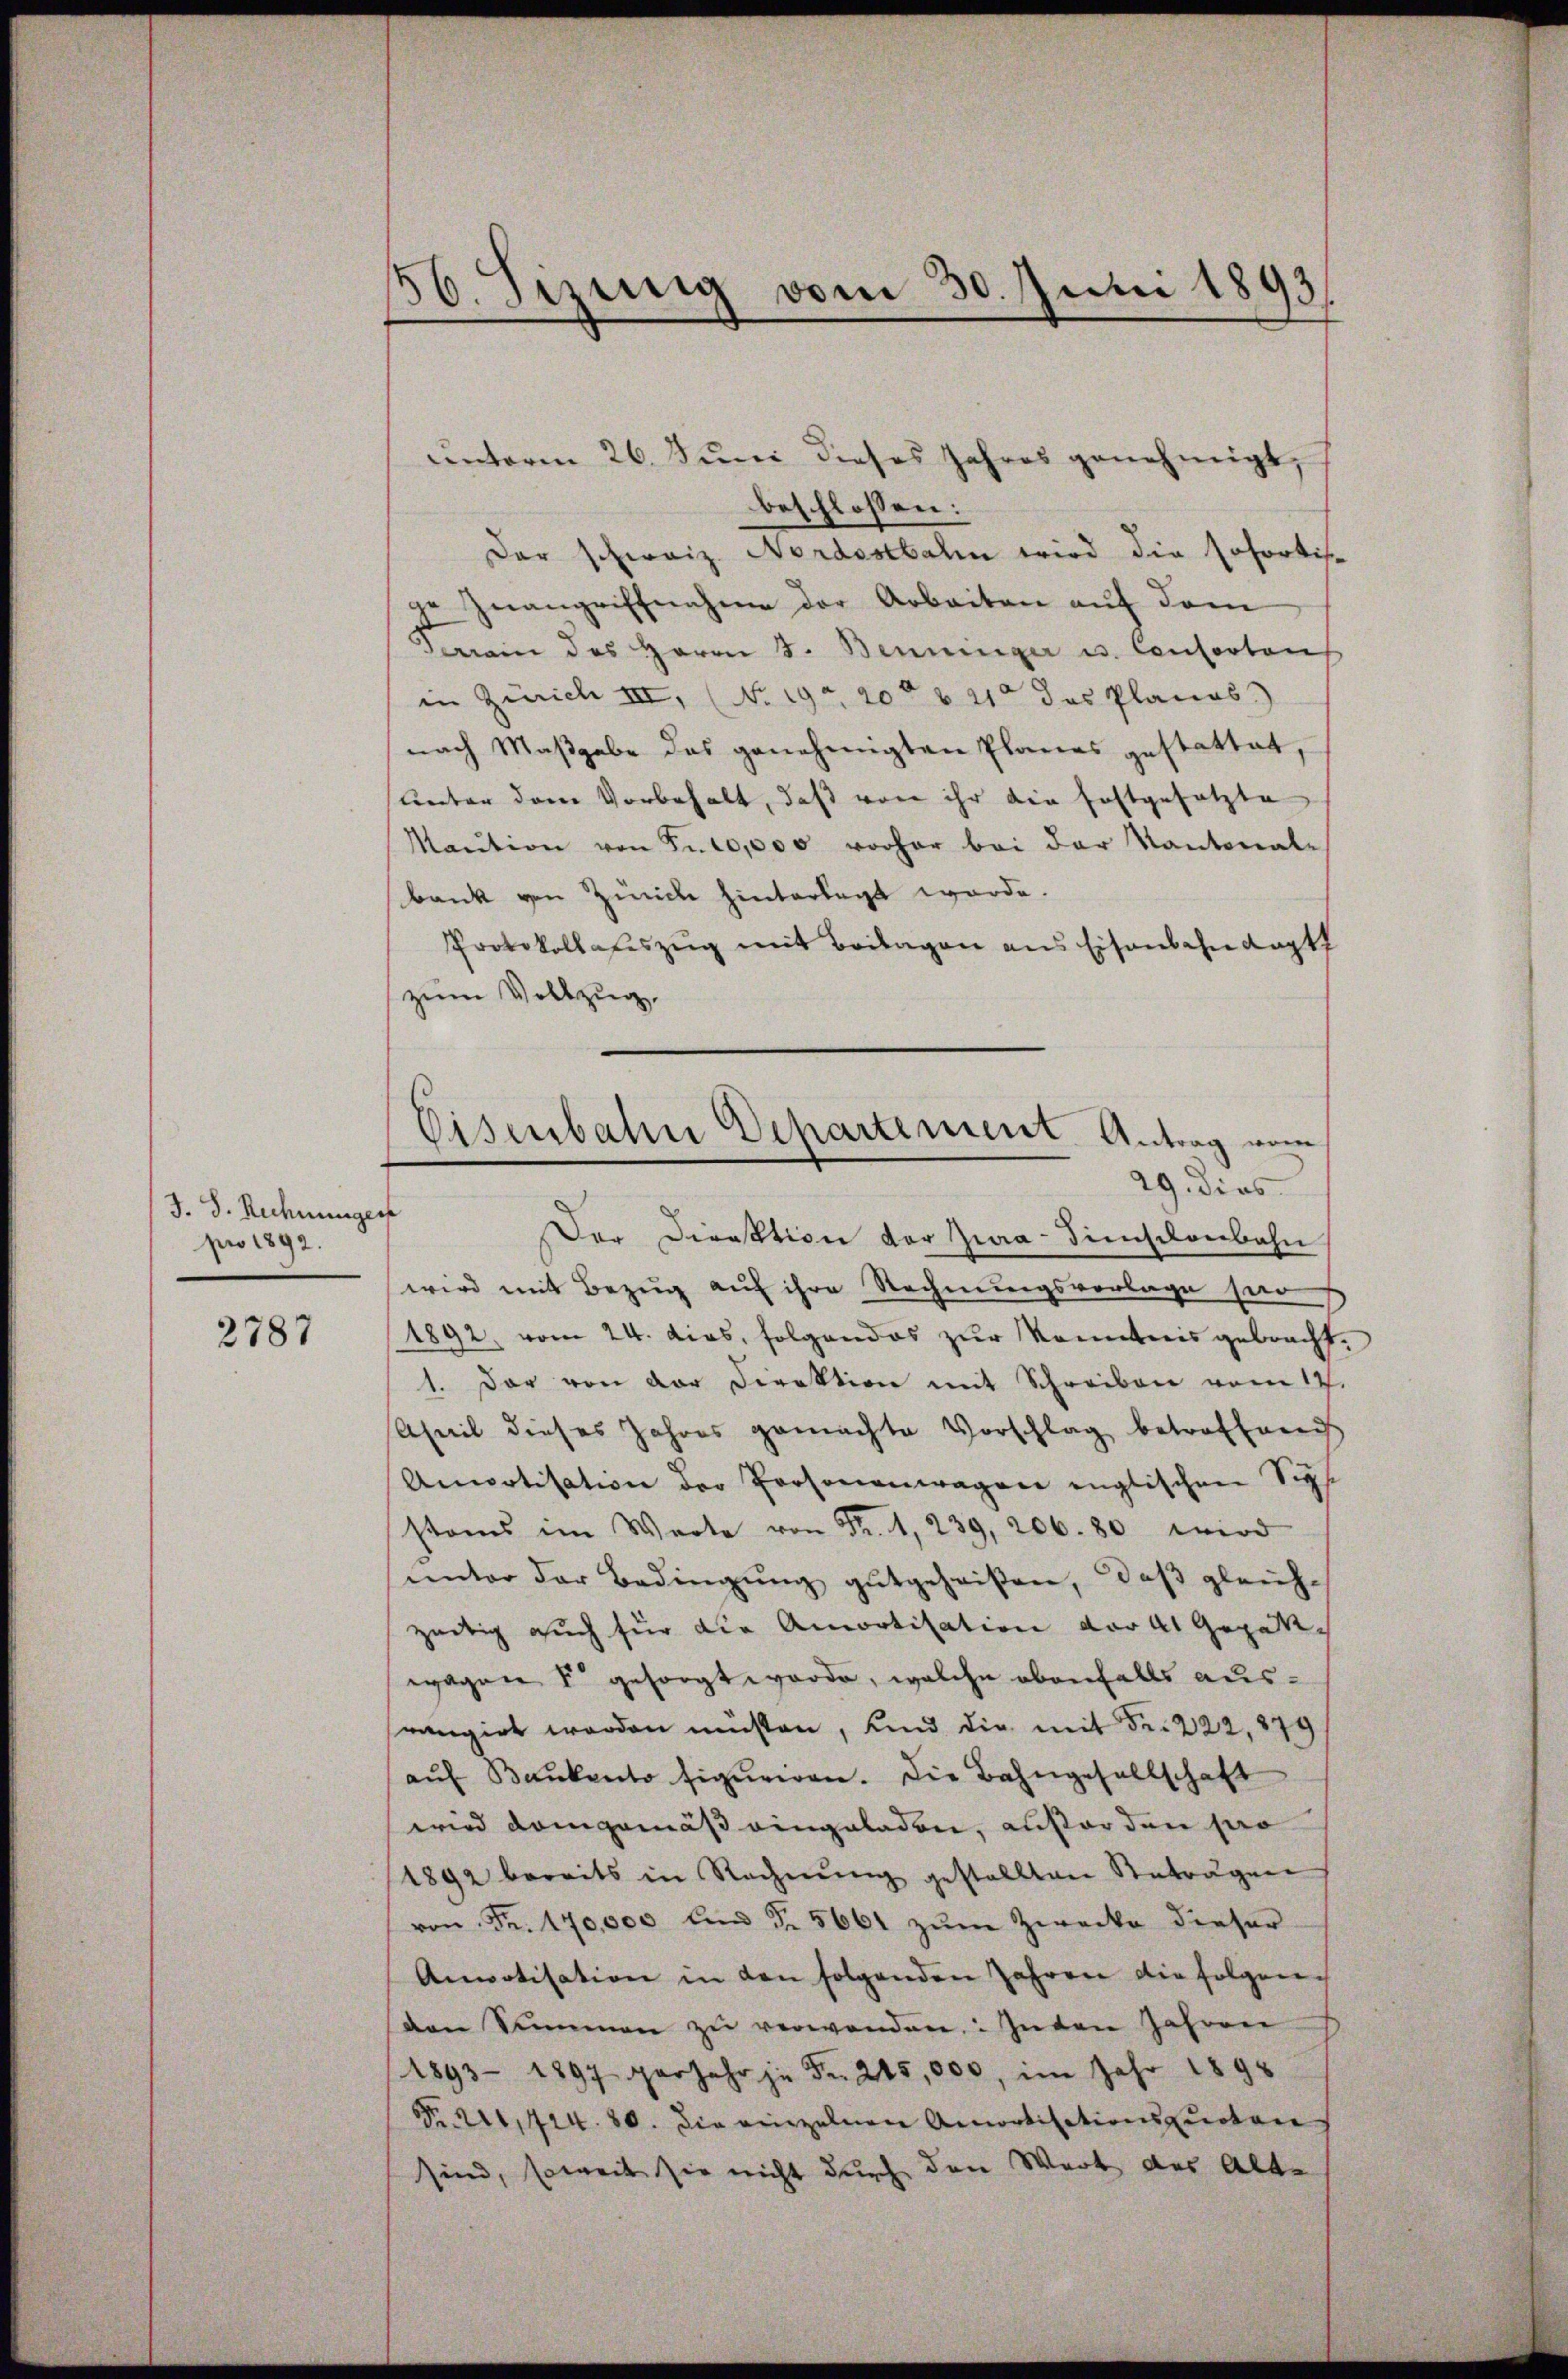
J. S. Rechnunge
pro 1892.

2787

56. Sizenig vom 30. Juni 1893

unterm 26. Juni dieses Jahres genehmigt,
beschlossen:
Der schweiz. Nordostbahn wird die sofortis-
ge Zwangriffnahme der Arbeiten auf dem
errain des Herrn J. Benninger u. Consorten
in Zürich III, No 19. 20t v. 21 des Planes.
nach Maßgabe das genehmigten Planes gestattet,
unter dem Vorbehalt, daß von ihr die festgesetzte
Maŭtion von Fr. 10,000 vorher bei der Kantonal-
bank von Zürich hinterlegt werde.
Protokollateszug mit Beilagen aus Eisenbahn Kapt
zum Vollzug
Der Direktion der Zwa-Sinschenbahn
wird mit Bezug auf ihre Rechnungsvorlage hier
1892, vom 24. dies, folgendes zur Kenntnis gebracht,
1. Der von der Direktion mit Schreiben vom 17.
Ahnil dieses Jahres gemachte Vorschlag betreffend
Anpotisation der Personenwagen englischen Siphe
stems im Werte von Fr. 1, 239, 206. 80 wird
ŭnter der Bedingŭng gutgeheißen, daß gleichzeitig auch für die Amortisation der 41 Gepätwagen u gesorgt werde, welche ebenfalls ausrangirt worden müssen, und die mit Fr. 222, 279
aŭf Bankento figuriren. Die Bahngesellschaft
wird demgemäß eingeladen, auforden pro
1892 bereits in Rechnŭng gestellten Retragen
von Fr. 170,000 und §. 5661 zŭm Zwecke dieser
Anvotisation in den folgenden Jahren die folgen
van Summen zŭ verwenden: In den Jahren
(1893 - 1897 gerjahr je Fr. 215,000, im Jahr 1898
Nr. 211,424. 80. Die einzelnen Amortisationsquoten
sind, soweit sie nicht durch den Werk des Alte

Eisenbahn Departement. Antrag vom
29. dies
e